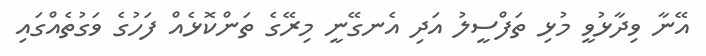
އޭނާ ވިދާޅުވީ މުޅި ތަފްސީލު އަދި އެނގޭނީ މިރޭގެ ތަންކޮޅެއް ފަހުގެ ވަގުތެއްގައި